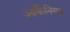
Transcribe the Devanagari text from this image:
आर्कैनियम